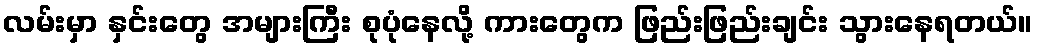
လမ်းမှာ နှင်းတွေ အများကြီး စုပုံနေလို့ ကားတွေက ဖြည်းဖြည်းချင်း သွားနေရတယ်။